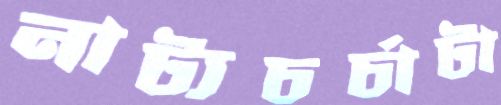
নাট্যচর্চাটা